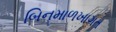
બિનમાળખાગત